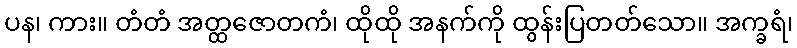
ပန၊ ကား။ တံတံ အတ္ထဇောတကံ၊ ထိုထို အနက်ကို ထွန်းပြတတ်သော။ အက္ခရံ၊